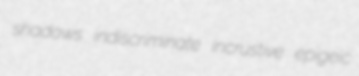
shadows indiscriminate incrustive epigeic